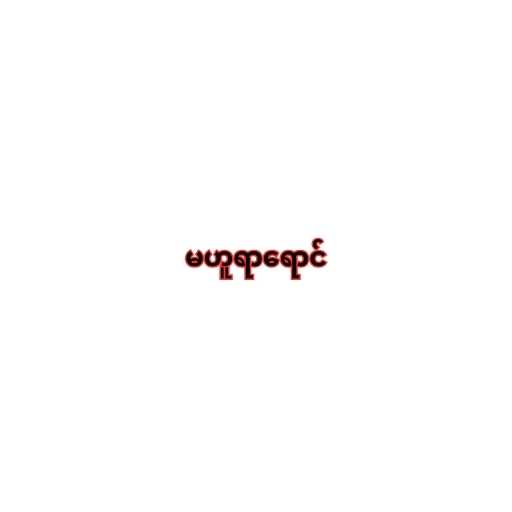
မဟူရာရောင်